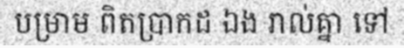
បម្រាម ពិតប្រាកដ ឯង រាល់គ្នា ទៅ